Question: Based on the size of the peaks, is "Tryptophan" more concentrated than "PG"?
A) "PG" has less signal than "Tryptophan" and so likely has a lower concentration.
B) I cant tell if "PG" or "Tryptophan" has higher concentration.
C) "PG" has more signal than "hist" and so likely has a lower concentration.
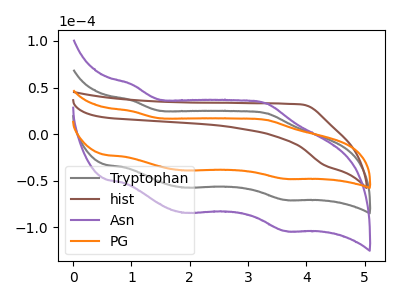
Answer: <think>The gray curve "Tryptophan" has anodic peaks at (1.00V, 36.25uA) (3.30V, 22.25uA) and cathodic peaks at (1.90V, -57.40uA) (3.65V, -70.70uA). The brown curve "hist" has no peaks. The purple curve "Asn" has anodic peaks at (1.00V, 72.50uA) (3.30V, 44.55uA) and cathodic peaks at (1.90V, -114.85uA) (3.65V, -141.40uA). The orange curve "PG" has anodic peaks at (1.00V, 24.60uA) (3.30V, 15.15uA) and cathodic peaks at (1.90V, -39.00uA) (3.65V, -48.00uA).
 All the peaks in "PG" have a peak in "Tryptophan" at the same potential. Every peak in "PG" is lower than every peak in "Tryptophan".</think>
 <answer>A) "PG" has less signal than "Tryptophan" and so likely has a lower concentration.</answer>
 <eval>A</eval>